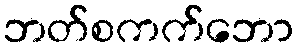
ဘတ်စကက်ဘော